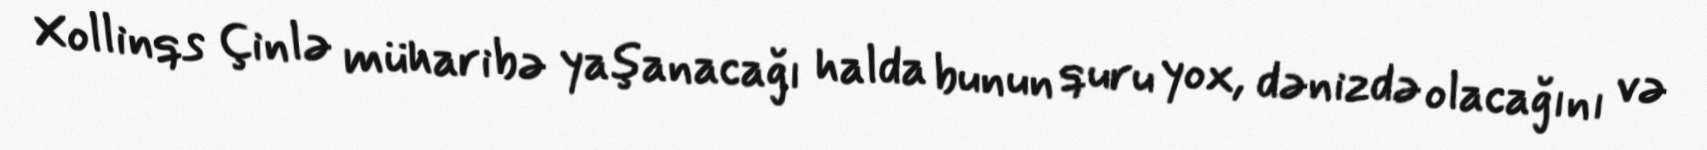
Xollinqs Çinlə müharibə yaşanacağı halda bunun quru yox, dənizdə olacağını və